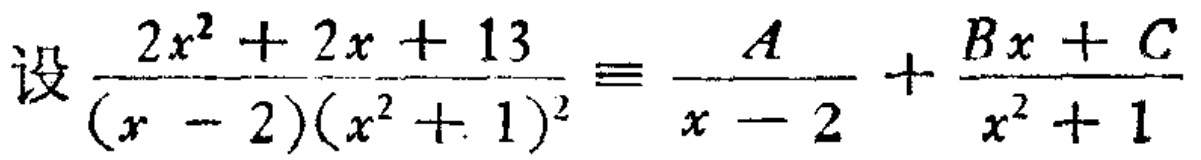
设$\frac{2x^{2}+2x + 13}{(x - 2)(x^{2}+ 1)^{2}}\equiv\frac{A}{x - 2}+\frac{Bx + C}{x^{2}+ 1}$